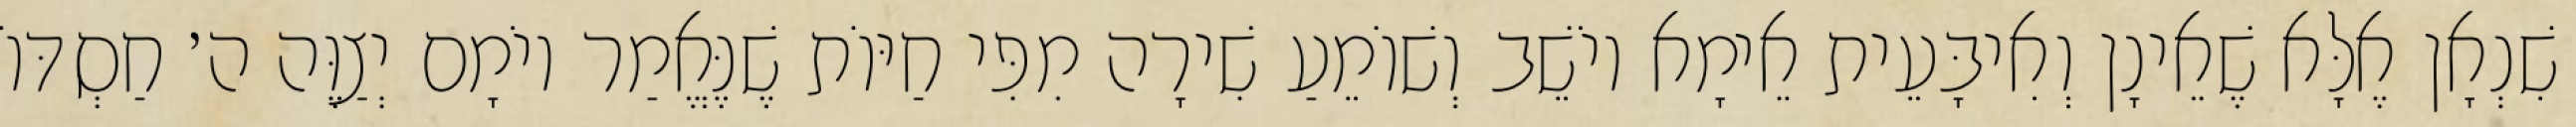
שִׁנְאָן אֶלָּא שֶׁאֵינָן וְאִיבָּעֵית אֵימָא יוֹשֵׁב וְשׁוֹמֵעַ שִׁירָה מִפִּי חַיּוֹת שֶׁנֶּאֱמַר יוֹמָם יְצַוֶּה ה׳ חַסְדּוֹ